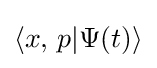
\langle x,\,p|\Psi (t)\rangle